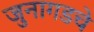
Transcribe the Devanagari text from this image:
जुनागडचे